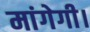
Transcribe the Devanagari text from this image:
मांगेगी।